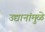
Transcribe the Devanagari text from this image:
उद्यानांमुळे